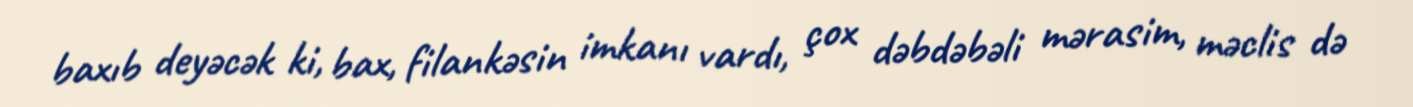
baxıb deyəcək ki, bax, filankəsin imkanı vardı, çox dəbdəbəli mərasim, məclis də